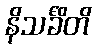
နိသင်္ခိတိ